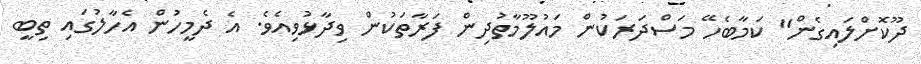
ދޫކޮށްލައިގެން" ކަމާބެހޭ މަސްދަރަކުން މައުލޫމާތުދިން ފަރާތަކުން ވިދާޅުވިއެވެ. އެ ދެމީހުން އެހާލުގައި ތިބީ